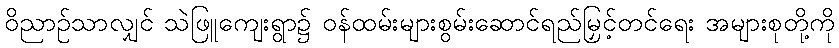
ဝိညာဉ်သာလျှင် သဲဖြူကျေးရွာ၌ ဝန်ထမ်းများစွမ်းဆောင်ရည်မြှင့်တင်ရေး အများစုတို့ကို